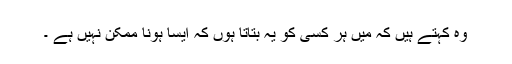
وہ کہتے ہیں کہ میں ہر کسی کو یہ بتاتا ہوں کہ ایسا ہونا ممکن نہیں ہے ۔